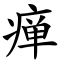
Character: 瘅